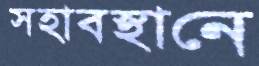
সহাবস্থানে